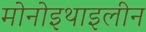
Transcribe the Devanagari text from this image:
मोनोइथाइलीन